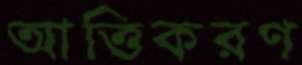
আত্তিকরণ